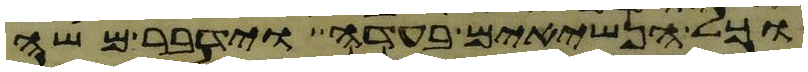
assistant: וכל הנשיאים בעדה וידבר משה